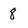
Character: 8